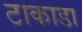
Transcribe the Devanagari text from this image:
टाकाडा